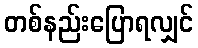
တစ်နည်းပြောရလျှင်